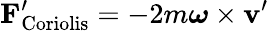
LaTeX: \mathbf{F}_{\mathrm{Coriolis}}^{\prime}=-2m{\boldsymbol{\omega}}\times\mathbf{v}^{\prime}